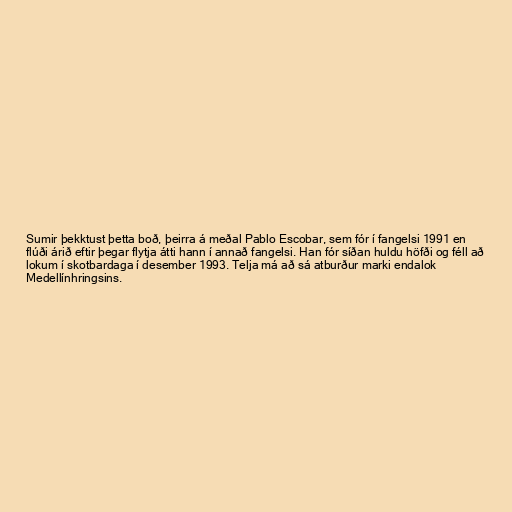
Sumir þekktust þetta boð, þeirra á meðal Pablo Escobar, sem fór í fangelsi 1991 en
flúði árið eftir þegar flytja átti hann í annað fangelsi. Han fór síðan huldu höfði og féll að
lokum í skotbardaga í desember 1993. Telja má að sá atburður marki endalok
Medellínhringsins.